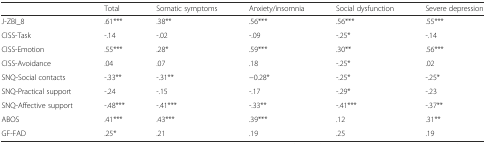
|  | Total | Somatic symptoms | Anxiety/insomnia | Social dysfunction | Severe depression |
 | --- | --- | --- | --- | --- | --- |
 | J-ZBI_8 | .61*** | .38** | .56*** | .56*** | .55*** |
 | CISS-Task | -.14 | -.02 | -.09 | -.25* | -.14 |
 | CISS-Emotion | .55*** | .28* | .59*** | .30** | .56*** |
 | CISS-Avoidance | .04 | .07 | .18 | -.25* | .02 |
 | SNQ-Social contacts | -.33** | -.31** | −0.28* | -.25* | -.25* |
 | SNQ-Practical support | -.24 | -.15 | -.17 | -.29* | -.23 |
 | SNQ-Affective support | -.48*** | -.41*** | -.33** | -.41*** | -.37** |
 | ABOS | .41*** | .43*** | .39*** | .12 | .31** |
 | GF-FAD | .25* | .21 | .19 | .25 | .19 |